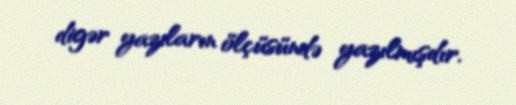
digər yazıların ölçüsündə yazılmışdır.